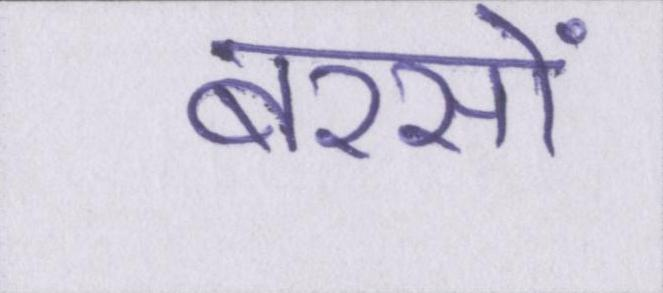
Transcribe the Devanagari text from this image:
बरसों